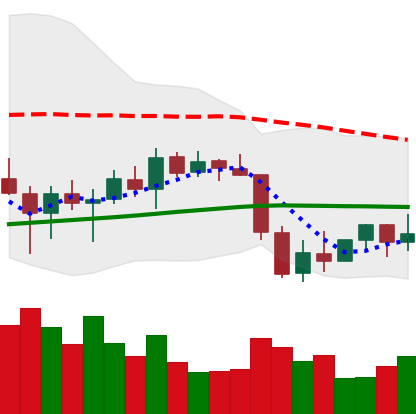
Ticker: ETH-USD
Chart end date: 2022-01-04
Forward return: -16.771%
Label: down_7plus